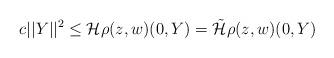
LaTeX: \begin{align*}c||Y||^2\leq \mathcal H\rho(z,w)(0,Y)=\tilde{\mathcal H}\rho(z,w)(0,Y)\end{align*}